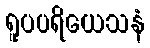
ရူပပရိယေသနံ